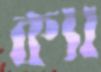
ক্যা